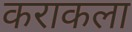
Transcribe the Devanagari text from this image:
कराकला